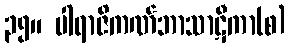
၃၅။ ပါရာဇိကဏ်ဘာသာဋီကာ(စ)